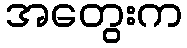
အတွေးက